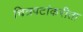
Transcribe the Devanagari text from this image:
चित्रपटांकरीता